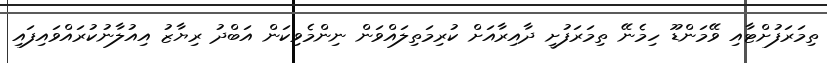
ތިމަރަފުށްޓާއި ވޭމަންޑޫ ހިމެނޭ ތިމަރަފުށީ ދާއިރާއަށް ކުރިމަތިލައްވަން ނިންމެވިކަން އަބްދު ރިޔާޒު އިއުލާނުކުރައްވައިފައި